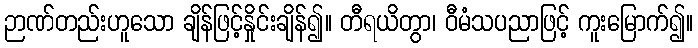
ဉာဏ်တည်းဟူသော ချိန်ဖြင့်နှိုင်းချိန်၍။ တီရယိတွာ၊ ဝီမံသပညာဖြင့် ကူးမြောက်၍။